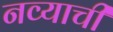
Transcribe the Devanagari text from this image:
नव्याची